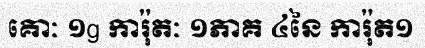
គោៈ ១g ការ៉ុតៈ ១ភាគ ៤នៃ ការ៉ុត១